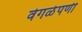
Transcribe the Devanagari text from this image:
वेगळेपणी